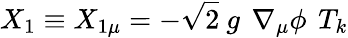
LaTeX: X_{1}\equiv X_{1\mu}=-\sqrt{2}\ g\ \, \nabla_{\mu}\phi\, \ T_{k}